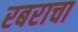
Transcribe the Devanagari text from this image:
रबराचा